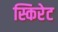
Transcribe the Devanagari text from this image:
स्किरेट